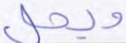
ويحل